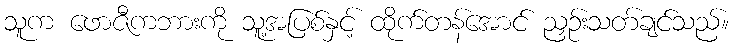
သူက ဖောဇီကဘားကို သူ့အပြစ်နှင့် ထိုက်တန်အောင် ညှဉ်းသတ်ချင်သည်။